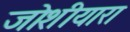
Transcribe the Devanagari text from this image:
जोशीयारा